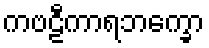
ကဗဠီကာရဘက္ခော